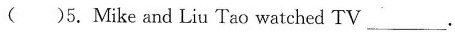
( )5.Mike and Liu Tao watched TV____.